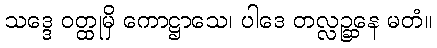
သဒ္ဒေ ဝတ္ထုမှိ ကောဋ္ဌာသေ၊ ပါဒေ တလ္လဉ္ဆနေ မတံ။